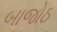
બાજોઠ